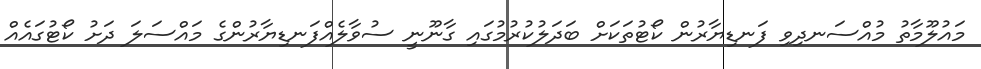
މައުލޫމާތު މުއްސަނދިވި ފަނޑިޔާރުން ކޯޓުތަކަށް ބަދަލުކުރުމުގައި ގާނޫނީ ސުވާލެއްފަނޑިޔާރުންގެ މައްސަލަ ދަށު ކޯޓުގައެއް